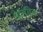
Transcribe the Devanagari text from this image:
मेटॅस्टॅटिक